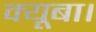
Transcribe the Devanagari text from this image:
क्यूबा।